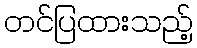
တင်ပြထားသည့်